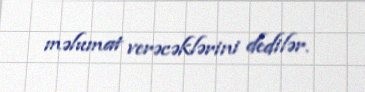
məlumat verəcəklərini dedilər.